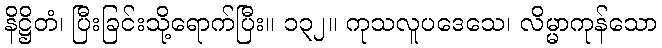
နိဋ္ဌိတံ၊ ပြီးခြင်းသို့ရောက်ပြီး။ ၁၃၂။ ကုသလူပဒေသေ၊ လိမ္မာကုန်သော